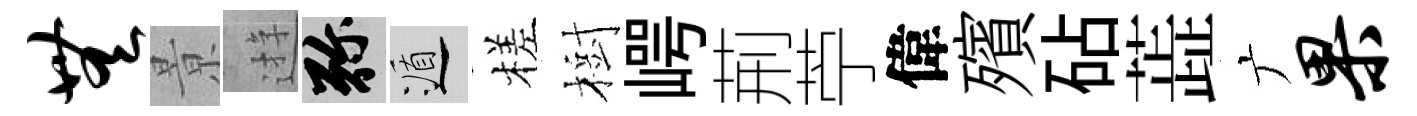
无㬌逰弥遁槎樹崿荊苧偉殯砧蕋广果